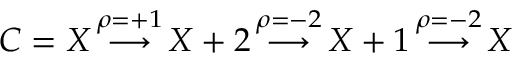
{ \cal C } = X \, { \overset { \rho = + 1 } { \longrightarrow } } \, X + 2 \, { \overset { \rho = - 2 } { \longrightarrow } } \, X + 1 \, { \overset { \rho = - 2 } { \longrightarrow } } \, X